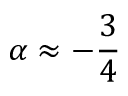
\alpha \approx - \frac { 3 } { 4 }